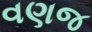
વણજ